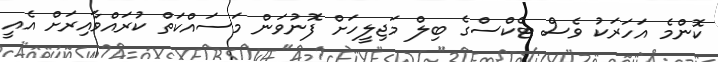
ކޮންމެ އަހަރަކު ވެސް ޓެކްސްގެ ބިލް މަޖިލީހަށް ފޮނުވަން މަސައްކަތް ކުރައްވާއިރަށް އެއީ